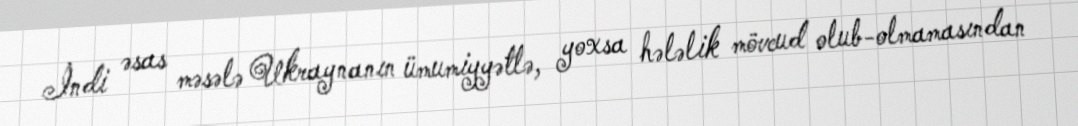
İndi əsas məsələ Ukraynanın ümumiyyətlə, yoxsa hələlik mövcud olub-olmamasından